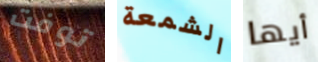
توفت الشمعة أيها